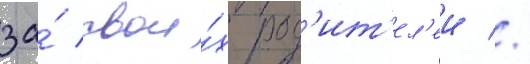
за́ свои́х род'ит'ел'еи //